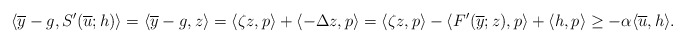
\begin{align*}\langle \overline{y}-g, S'(\overline{u};h) \rangle =\langle \overline{y}-g, z \rangle = \langle \zeta z, p \rangle + \langle -\Delta z, p \rangle = \langle \zeta z, p \rangle - \langle F'(\overline{y}; z), p \rangle + \langle h, p \rangle\ge -\alpha \langle \overline{u}, h\rangle.\end{align*}